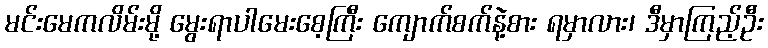
မင်းမေကလိမ်းမို့ မွေးရာပါမေးစေ့ကြီး ကျောက်စက်နဲ့စား ရမှာလား၊ ဒီမှာကြည့်ဦး